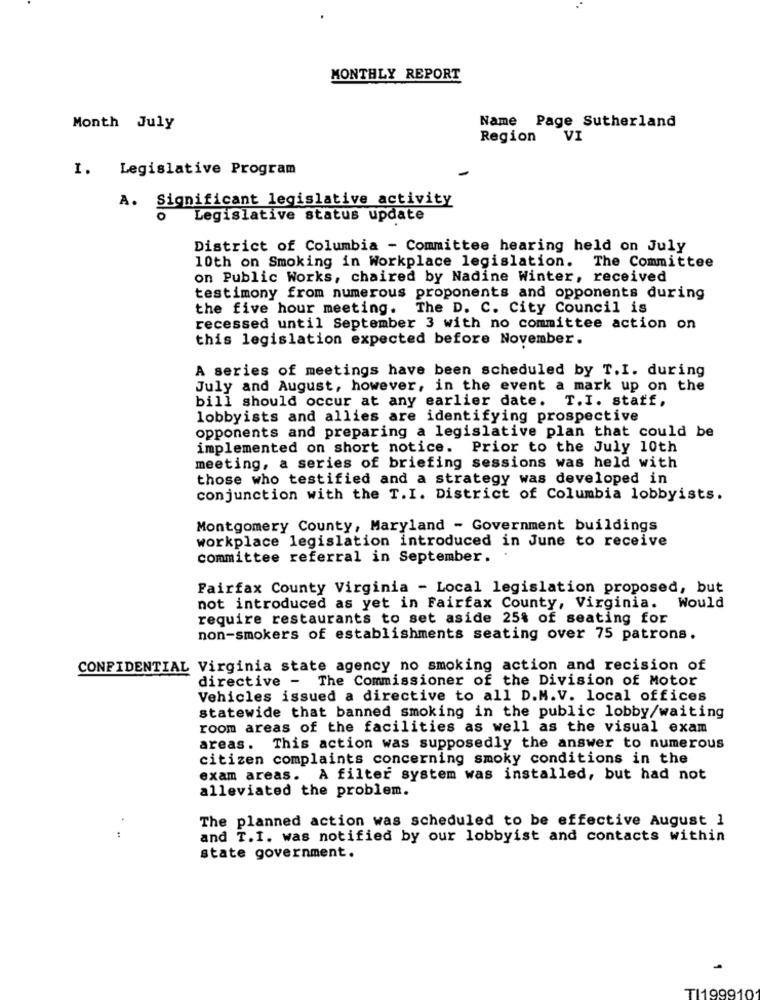
MONTHLY REPORT
Name Page Sutherland
Month July
Region VI
I. Legislative Program
A. Significant legislative activity
Legislative status update
District of Columbia - Committee hearing held on July
10th on Smoking in Workplace legislation. The Committee
on Public Works, chaired by Nadine Winter, received
testimony from numerous proponents and opponents during
the five hour meeting. The D. C. City Council is
recessed until September 3 with no committee action on
this legislation expected before November.
A series of meetings have been scheduled by T.I. during
July and August, however, in the event a mark up on the
bill should occur at any earlier date. T.I. staff,
lobbyists and allies are identifying prospective
opponents and preparing a legislative plan that could be
implemented on short notice. Prior to the July 10th
meeting, a series of briefing sessions was held with
those who testified and a strategy was developed in
conjunction with the T.I. District of Columbia lobbyists.
Montgomery County, Maryland - Government buildings
workplace legislation introduced in June to receive
committee referral in September.
Fairfax County Virginia - Local legislation proposed, but
not introduced as yet in Fairfax County, Virginia. Would
require restaurants to set aside 25% of seating for
non-smokers of establishments seating over 75 patrons.
CONFIDENTIAL Virginia state agency no smoking action and recision of
directive - The Commissioner of the Division of Motor
Vehicles issued a directive to all D.M.V. local offices
statewide that banned smoking in the public lobby/waiting
room areas of the facilities as well as the visual exam
areas. This action was supposedly the answer to numerous
citizen complaints concerning smoky conditions in the
exam areas. A filter system was installed, but had not
alleviated the problem.
The planned action was scheduled to be effective August 1
:
and T.I. was notified by our lobbyist and contacts within
state government.
TI199910